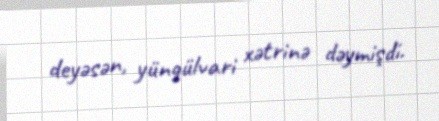
deyəsən, yüngülvari xətrinə dəymişdi.